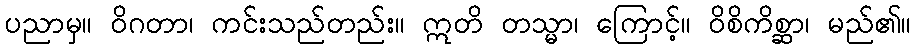
ပညာမှ။ ဝိဂတာ၊ ကင်းသည်တည်း။ ဣတိ တသ္မာ၊ ကြောင့်။ ဝိစိကိစ္ဆာ၊ မည်၏။